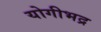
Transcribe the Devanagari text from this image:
योगीभद्र